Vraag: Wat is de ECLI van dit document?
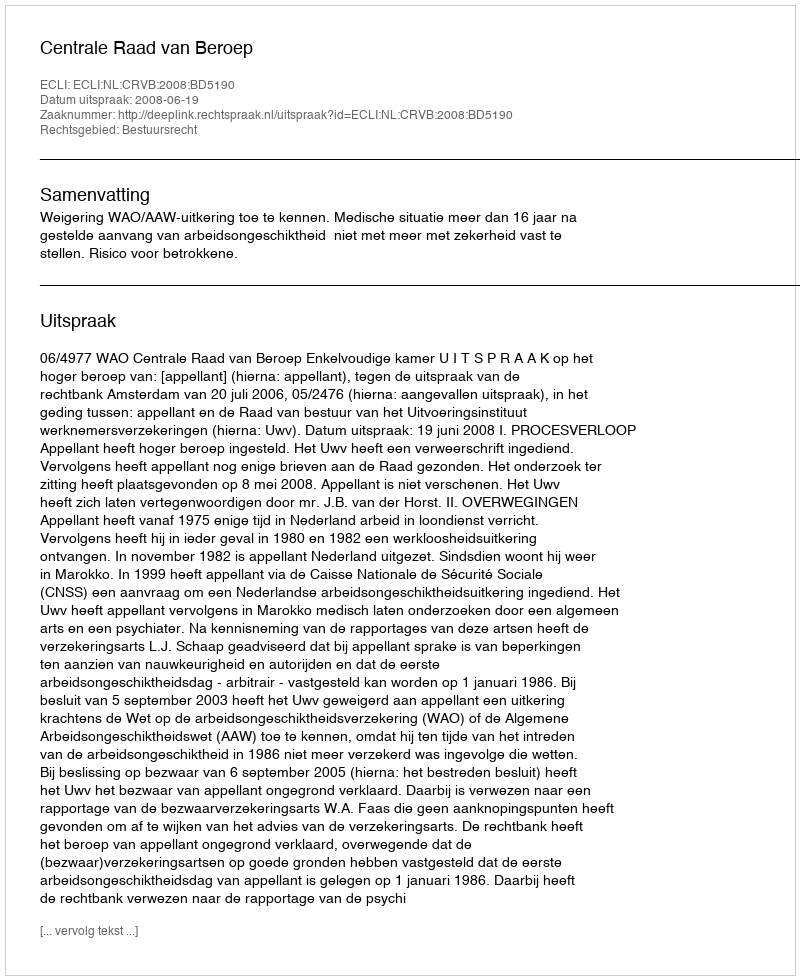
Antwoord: ECLI:NL:CRVB:2008:BD5190